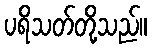
ပရိသတ်တို့သည်။